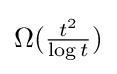
\Omega ({\tfrac {t^{2}}{\log t}})